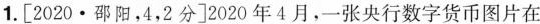
1.[2020·邵阳，4，2分]2020年4月，一张央行数字货币图片在